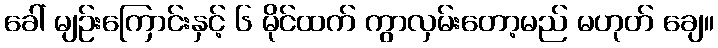
ခေါ် မျဉ်းကြောင်းနှင့် ၆ မိုင်ထက် ကွာလှမ်းတော့မည် မဟုတ် ချေ။